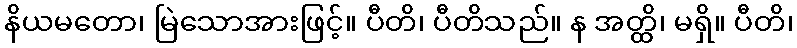
နိယမတော၊ မြဲသောအားဖြင့်။ ပီတိ၊ ပီတိသည်။ န အတ္ထိ၊ မရှိ။ ပီတိ၊